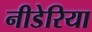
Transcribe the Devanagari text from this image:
नीडेरिया